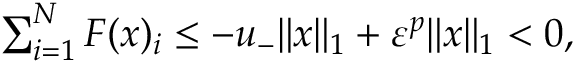
\begin{array} { r } { \sum _ { i = 1 } ^ { N } F ( { \boldsymbol x } ) _ { i } \leq - u _ { - } \| { \boldsymbol x } \| _ { 1 } + \varepsilon ^ { p } \| { \boldsymbol x } \| _ { 1 } < 0 , } \end{array}